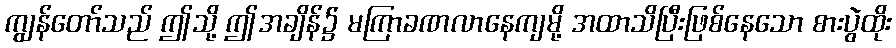
ကျွန်တော်သည် ဤသို့ ဤအချိန်၌ မကြာခဏလာနေကျမို့ အထာသိပြီးဖြစ်နေသော စားပွဲထိုး